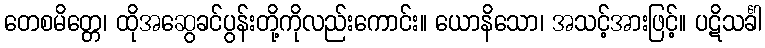
တေစမိတ္တေ၊ ထိုအဆွေခင်ပွန်းတို့ကိုလည်းကောင်း။ ယောနိသော၊ အသင့်အားဖြင့်။ ပဋိသင်္ခါ